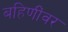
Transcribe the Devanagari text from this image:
बहिणींवर